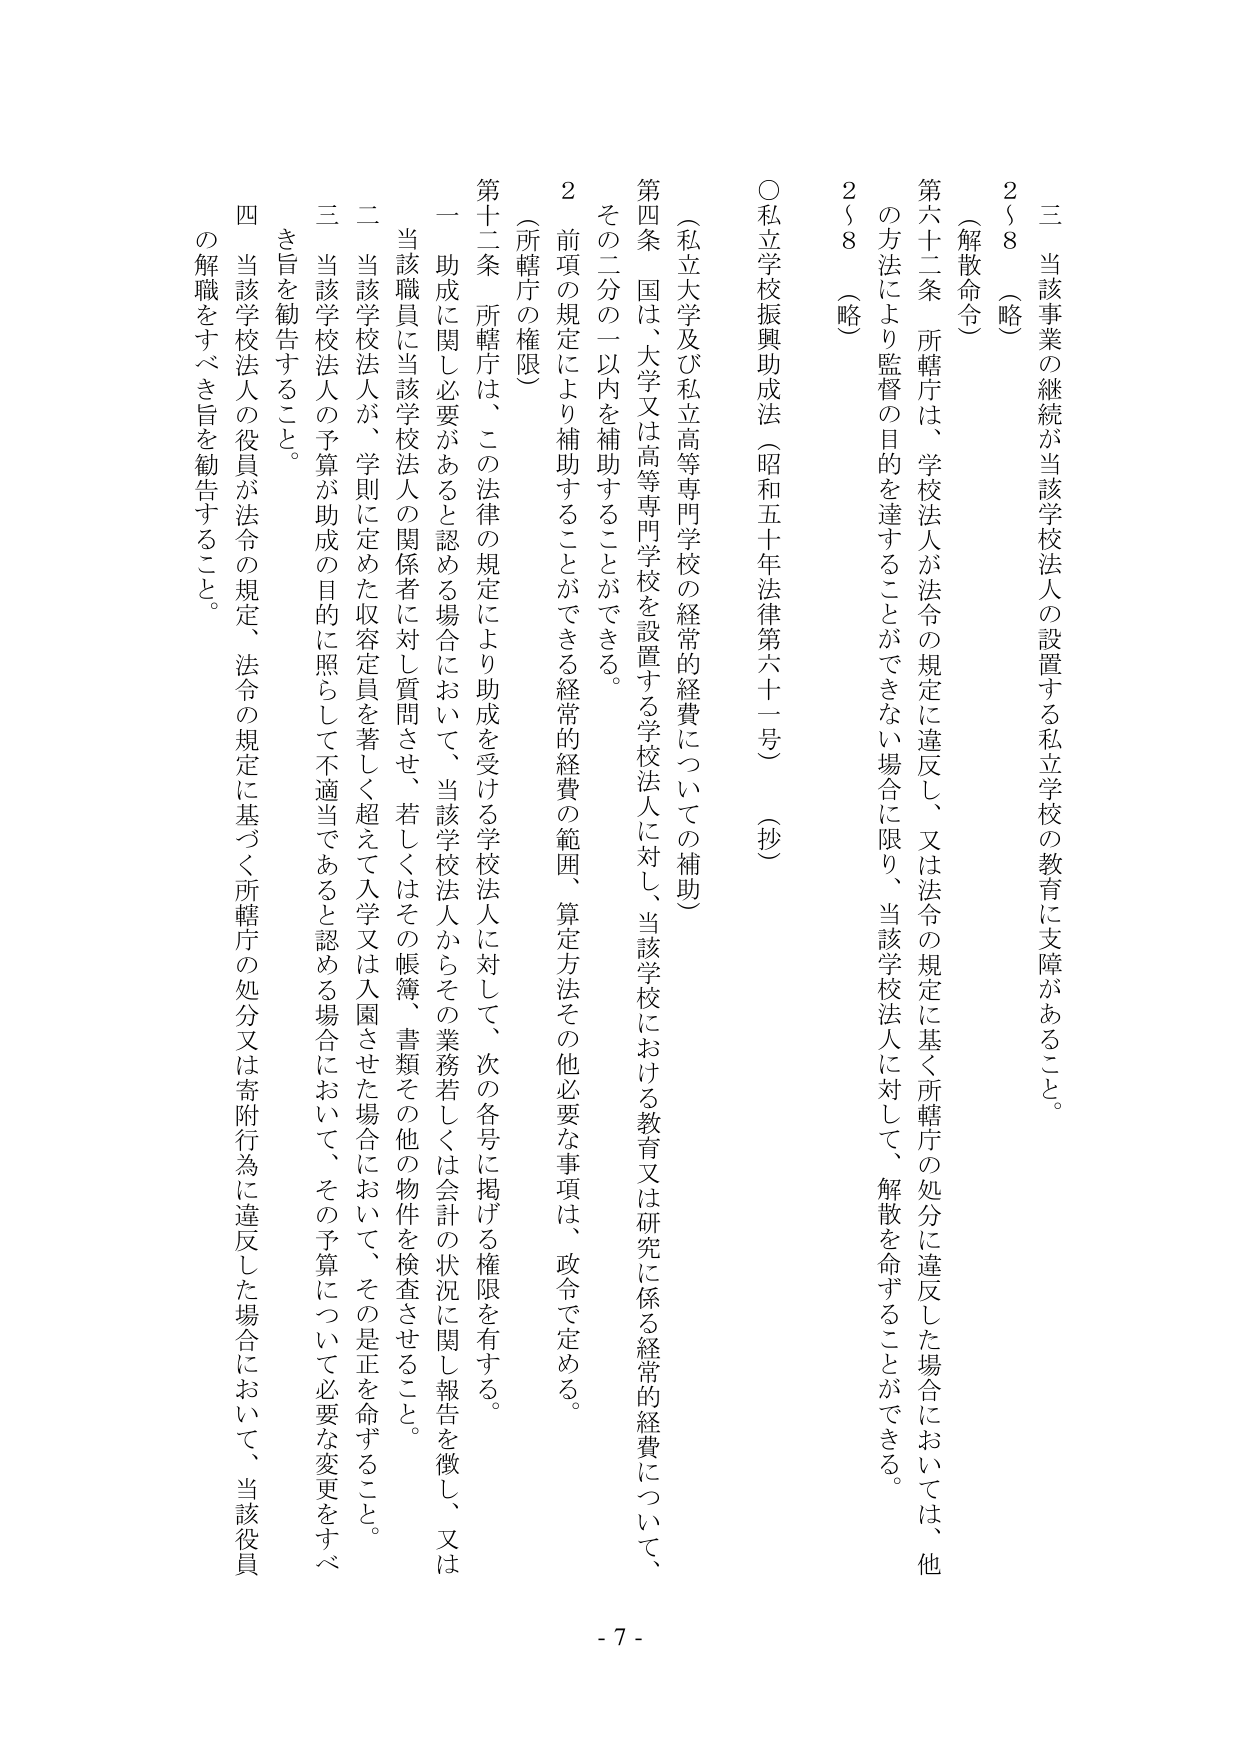
三 当該事業の継続が当該学校法人の設置する私立学校の教育に支障があること。

2～8 （略）

（解散命令）

第六十二条 所轄庁は、学校法人が法令の規定に違反し、又は法令の規定に基づく所轄庁の処分に違反した場合においては、他の方法により監督の目的を達することができない場合に限り、当該学校法人に対して、解散を命ずることができる。

2～8 （略）

○私立学校振興助成法（昭和五十年法律第六十一号）（抄）

（私立大学及び私立高等専門学校の経常的経費についての補助）

第四条 国は、大学又は高等専門学校を設置する学校法人に対し、当該学校における教育又は研究に係る経常的経費について、その二分の一以内を補助することができる。

２ 前項の規定により補助することができる経常的経費の範囲、算定方法その他必要な事項は、政令で定める。

（所轄庁の権限）

第十二条 所轄庁は、この法律の規定により助成を受ける学校法人に対して、次の各号に掲げる権限を有する。

一 助成に関し必要があると認める場合において、当該学校法人からその業務若しくは会計の状況に関し報告を徴し、又は当該職員に当該学校法人の関係者に対し質問させ、若しくはその帳簿、書類その他の物件を検査させること。

二 当該学校法人が、学則に定めた収容定員を著しく超えて入学又は入園させた場合において、その是正を命ずること。

三 当該学校法人の予算が助成の目的に照らして不適当であると認める場合において、その予算について必要な変更をすべき旨を勧告すること。

四 当該学校法人の役員が法令の規定、法令の規定に基づく所轄庁の処分又は寄附行為に違反した場合において、当該役員の解職をすべき旨を勧告すること。

- 7 -